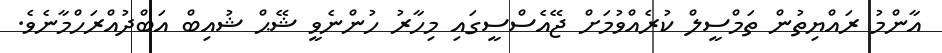
އާންމު ރައްޔިތުން ތަމްސީލް ކުރެއްވުމަށް ޖޭއެސްސީގައި މިހާރު ހުންނެވީ ޝޭޙް ޝުއިބް އަބްދުއްރަހްމާނެވެ.